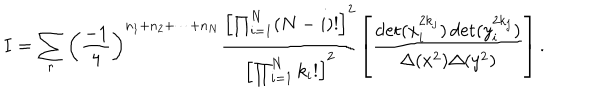
LaTeX: I = \sum _ { r } \left( \frac { - 1 } { 4 } \right) ^ { n _ { 1 } + n _ { 2 } + \cdots + n _ { N } } \frac { \left[ \prod _ { i = 1 } ^ { N } ( N - i ) ! \right] ^ { 2 } } { \left[ \prod _ { i = 1 } ^ { N } k _ { i } ! \right] ^ { 2 } } \left[ \frac { \det ( x _ { i } ^ { 2 k _ { j } } ) \det ( y _ { i } ^ { 2 k _ { j } } ) } { \Delta ( x ^ { 2 } ) \Delta ( y ^ { 2 } ) } \right] .